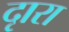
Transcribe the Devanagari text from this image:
दृारा